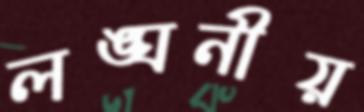
লঙ্ঘনীয়